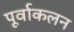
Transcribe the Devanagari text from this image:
पूर्वाकलन